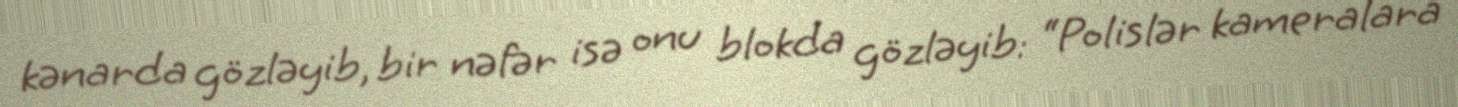
kənarda gözləyib, bir nəfər isə onu blokda gözləyib: “Polislər kameralara